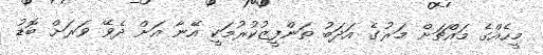
މީހެއްގެ މައްޗަށް މަރުގެ އަދަބު ތަންފީޒުކުރުމަކީ އޭނާ އަށް ދެވޭ ވަރަށް ބޮޑު